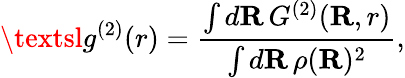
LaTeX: {\textsl{g}^{(2)}}(r)=\frac{\int d\mathbf{R}\, {G^{(2)}}(\mathbf{R},r)}{\int d\mathbf{R}\, \rho(\mathbf{R})^{2}},